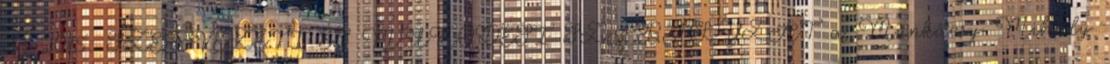
33 2015. SZERVEZETI ÉS MŰKÖDÉSI SZABÁLYZAT a Munkácsy Mihály